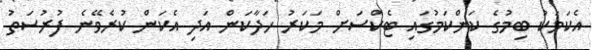
އެކަމަކު ބިމުގެ ކަންކަމުގައި ޓެކްސަށް މަކަރު ހަދާކަން އަދި އެކަން ކުރެވޭނެ ފުރުސަތު